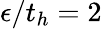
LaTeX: \epsilon/t_{h}=2